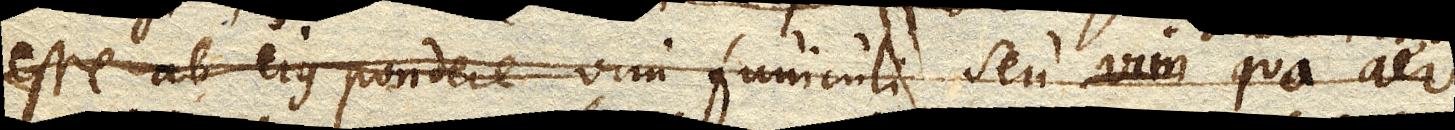
esse ab ejus pondere vim funiculi seu vim qua aer